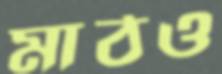
মাঠও